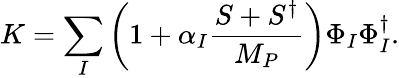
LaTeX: K=\sum_{I}\left(1+\alpha_{I}\frac{S+S^{\dagger}}{M_{P}}\right)\Phi_{I}\Phi_{I}^{\dagger}.